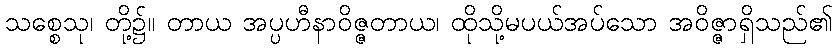
သစ္စေသု၊ တို့၌။ တာယ အပ္ပဟီနာဝိဇ္ဇတာယ၊ ထိုသို့မပယ်အပ်သော အဝိဇ္ဇာရှိသည်၏